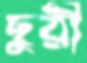
ছুরী